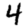
Digit: 4